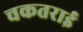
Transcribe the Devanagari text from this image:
चकतराई